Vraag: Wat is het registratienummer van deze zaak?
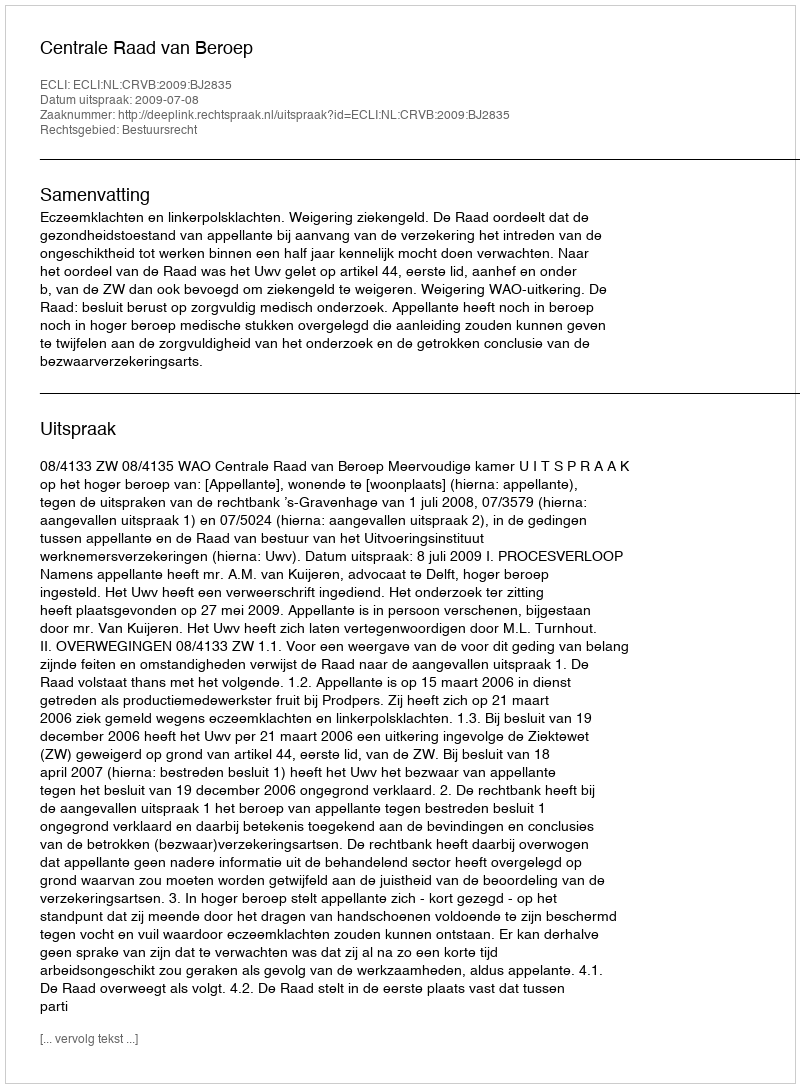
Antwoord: http://deeplink.rechtspraak.nl/uitspraak?id=ECLI:NL:CRVB:2009:BJ2835